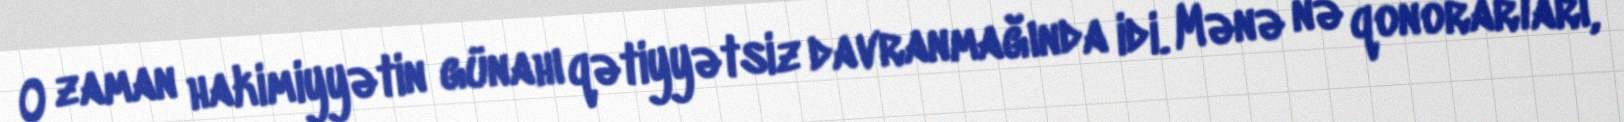
O zaman hakimiyyətin günahı qətiyyətsiz davranmağında idi. Mənə nə qonorarları,